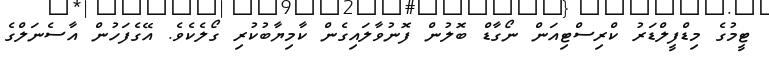
ޓީމުގެ މިޑްފީލްޑަރު ކްރިސްޓިއަން ނޯގާޑް ބޮލުން ފޮނުވާލައިގެން ކާމިޔާބުކުރި ގޯލެކެވެ. އޭގެފަހުން އާސެނަލްގެ